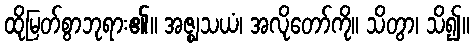
ထိုမြတ်စွာဘုရား၏။ အဇ္ဈသယံ၊ အလိုတော်ကို။ သိတွာ၊ သိ၍။